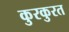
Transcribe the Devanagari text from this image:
कुरकुरत